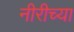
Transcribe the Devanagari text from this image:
नीरीच्या